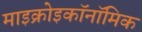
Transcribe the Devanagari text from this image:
माइक्रोइकॉनॉमिक